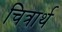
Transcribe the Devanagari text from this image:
चित्रार्थ